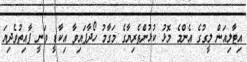
އިޓާލިއަން ލީގުގެ އެންމެ މޮޅު ކުޅުންތެރިޔާގެ މަގާމު ހޯދާފައިވާ އިކާޑީ ވަނީ ފާއިތުވެދިޔަ